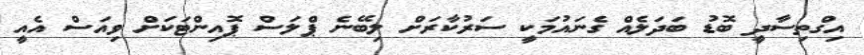
އިގްތިސާދީ ބޮޑު ބަދަލެއް ގެނައުމަކީ ސަރުކާރަށް ލިބޭނެ ޕްލަސް ޕޮއިންޓަކަށް ވިއަސް އެއީ